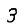
Digit: 3